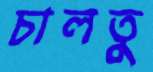
চালতু